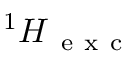
{ } ^ { 1 } \boldsymbol { H } _ { \mathrm { ~ e ~ x ~ c ~ } }